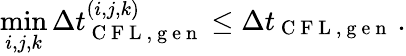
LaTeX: \operatorname*{min}_{i,j,k}\Delta t_{\mathrm{~C~F~L~,~g~e~n~}}^{(i,j,k)}\le\Delta t_{\mathrm{~C~F~L~,~g~e~n~}}\, .